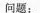
问题：